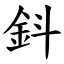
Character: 鈄